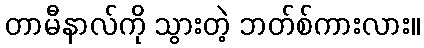
တာမီနာလ်ကို သွားတဲ့ ဘတ်စ်ကားလား။